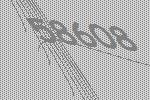
58608